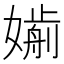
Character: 𡡸